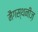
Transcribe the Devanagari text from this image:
मैगस्थनीज़